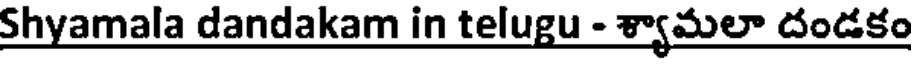
Shyamala dandakam in telugu - శ్యామలా దండకం